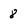
Character: 8